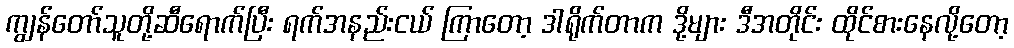
ကျွန်တော်သူတို့ဆီရောက်ပြီး ရက်အနည်းငယ် ကြာတော့ ဒါရိုက်တာက ဒို့များ ဒီအတိုင်း ထိုင်စားနေလို့တော့